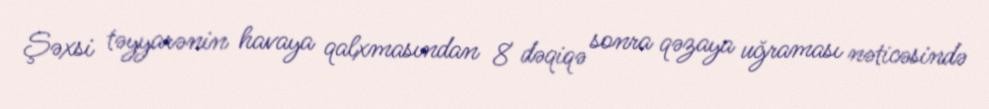
Şəxsi təyyarənin havaya qalxmasından 8 dəqiqə sonra qəzaya uğraması nəticəsində